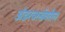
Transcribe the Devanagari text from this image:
अंडरवर्ल्डवरील